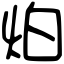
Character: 𤇢